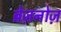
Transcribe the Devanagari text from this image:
ब्रेज़नोज़